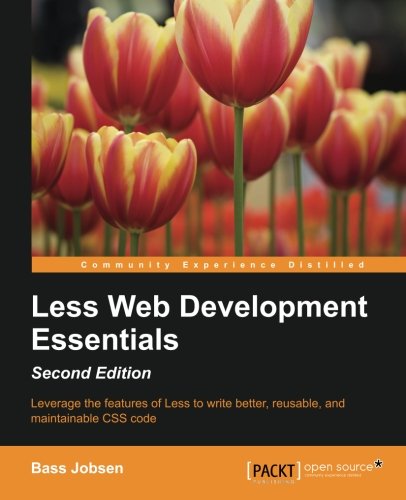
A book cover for Less Web Development Essentials - Second Edition; Bass Jobsen; Computers & Technology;